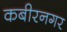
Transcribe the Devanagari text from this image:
कबीरनगर